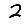
Digit: 2